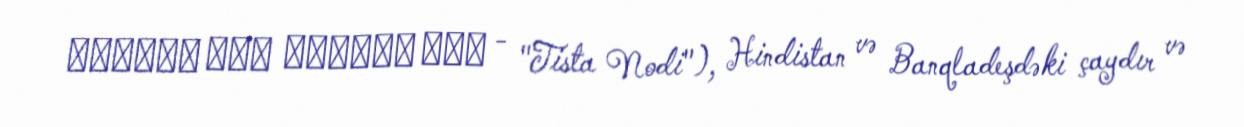
তিস্তা নদী তিস্তা নদী - "Tista Nodi"), Hindistan və Banqladeşdəki çaydır və